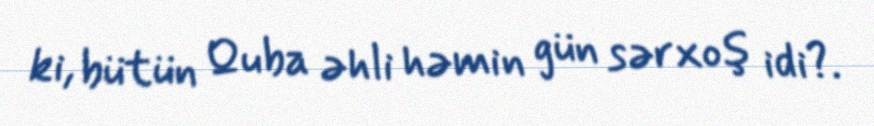
ki, bütün Quba əhli həmin gün sərxoş idi?.